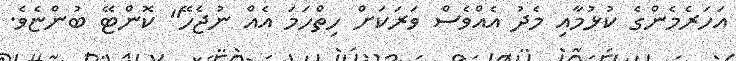
އަހަރެމެންގެ ކުޅުމާއި މެދު އެއްވެސް ވަރަކަށް ހިތްހަމަ އެއް ނުޖެހޭ" ކޮންޓޭ ބުންޏެވެ.